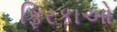
ફિરકાઓ